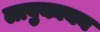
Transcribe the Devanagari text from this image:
लाबुकायन